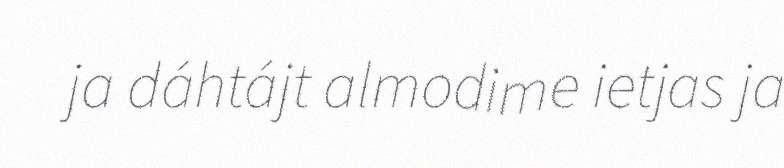
ja dáhtájt almodime ietjas ja